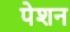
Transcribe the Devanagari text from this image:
पेशन